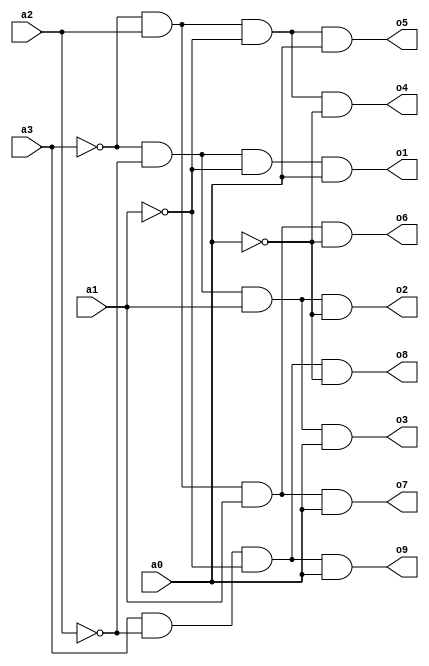
`timescale 1ns / 1ps
//////////////////////////////////////////////////////////////////////////////////
// Company: 
// Engineer: 
// 
// Design Name: 
// Module Name: bcd
// Project Name: 
// Target Devices: 
// Tool Versions: 
// Description: 
// 
// Dependencies: 
// 
// Revision:
// Revision 0.01 - File Created
// Additional Comments:
// 
//////////////////////////////////////////////////////////////////////////////////


module bcd(
    input a3,a2,a1,a0,
    output o1,o2,o3,o4,o5,o6,o7,o8,o9
    );
assign o9=a3&~a2&~a1&a0;
assign o8=a3&~a2&~a1&~a0;
assign o7=~a3&a2&a1&a0;
assign o6=~a3&a2&a1&~a0;
assign o5=~a3&a2&~a1&a0;
assign o4=~a3&a2&~a1&~a0;
assign o3=~a3&~a2&a1&a0;
assign o2=~a3&~a2&a1&~a0;
assign o1=~a3&~a2&~a1&a0;
endmodule